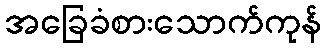
အခြေခံစားသောက်ကုန်